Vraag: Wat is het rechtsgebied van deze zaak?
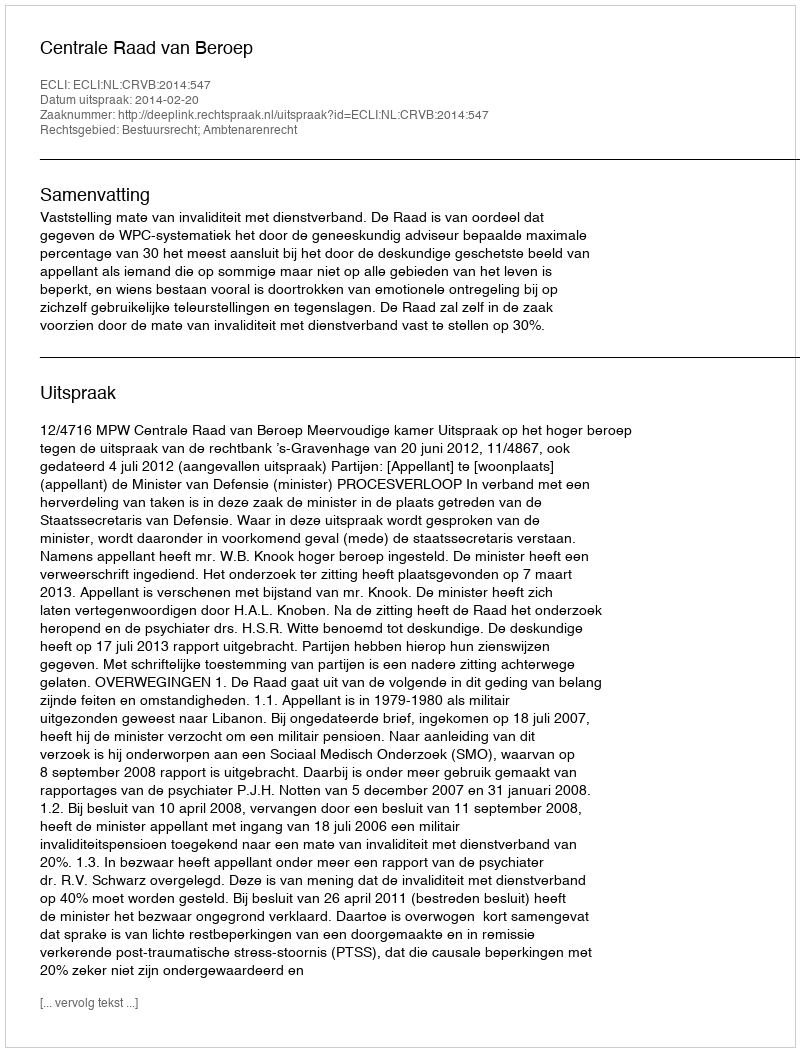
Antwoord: Bestuursrecht; Ambtenarenrecht